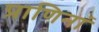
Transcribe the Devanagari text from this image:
प्राणिनां